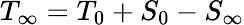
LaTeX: T_{\infty}=T_{0}+S_{0}-S_{\infty}